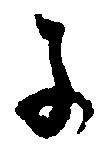
子